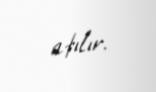
atılır.